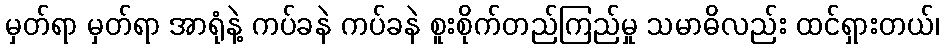
မှတ်ရာ မှတ်ရာ အာရုံနဲ့ ကပ်ခနဲ ကပ်ခနဲ စူးစိုက်တည်ကြည်မှု သမာဓိလည်း ထင်ရှားတယ်၊